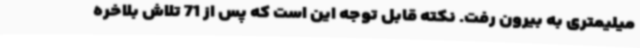
میلیمتری به بیرون رفت. نکته قابل توجه این است که پس از 71 تلاش بلاخره